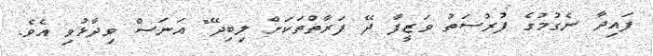
ފައިދާ ނެގުމުގެ ފުރުސަތު ވަޒީފާ ދޭ ފަރާތްތަކަށް ލިބިދޭ" އަނަސް ވިދާޅުވި އެވެ.